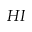
H I